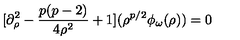
[ \partial _ { \rho } ^ { 2 } - { \frac { p ( p - 2 ) } { 4 \rho ^ { 2 } } } + 1 ] ( \rho ^ { p / 2 } \phi _ { \omega } ( \rho ) ) = 0